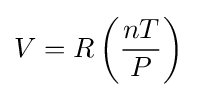
V=R\left({\frac {nT}{P}}\right)